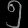
Digit: ၅